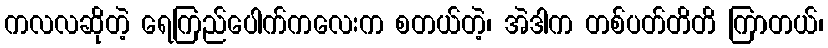
ကလလဆိုတဲ့ ရေကြည်ပေါက်ကလေးက စတယ်တဲ့၊ အဲဒါက တစ်ပတ်တိတိ ကြာတယ်၊